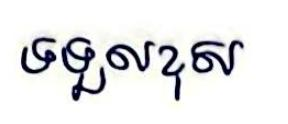
ទទួលខុស